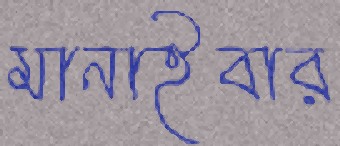
মানাইবার